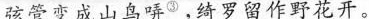
弦管变成山鸟^{③ }，绮罗留作野花开。